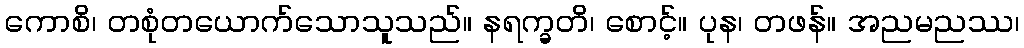
ကောစိ၊ တစုံတယောက်သောသူသည်။ နရက္ခတိ၊ စောင့်။ ပုန၊ တဖန်။ အညမညဿ၊